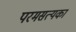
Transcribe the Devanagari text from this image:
परमसत्यका